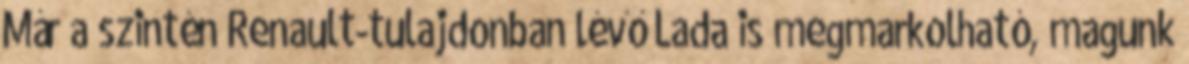
Már a szintén Renault-tulajdonban lévő Lada is megmarkolható, magunk